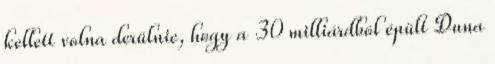
kellett volna derülnie, hogy a 30 milliárdból épült Duna